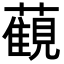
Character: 𧁪